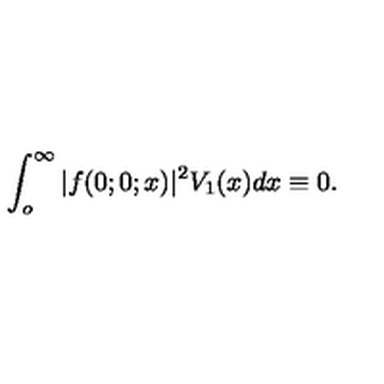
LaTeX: \int _ { o } ^ { \infty } | f ( 0 ; 0 ; x ) | ^ { 2 } V _ { 1 } ( x ) d x \equiv 0 .